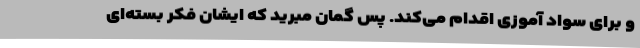
و برای سواد آموزی اقدام می‌کند. پس گمان مبرید که ایشان فکر بسته‌ای